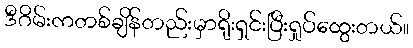
ဒီဂိမ်းကတစ်ချိန်တည်းမှာရိုးရှင်းပြီးရှုပ်ထွေးတယ်။